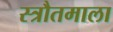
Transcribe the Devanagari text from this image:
स्त्रौतमाला